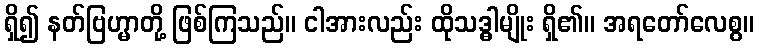
ရှိ၍ နတ်ဗြဟ္မာတို့ ဖြစ်ကြသည်။ ငါအားလည်း ထိုသဒ္ဓါမျိုး ရှိ၏။ အရတော်လေစွ။